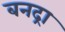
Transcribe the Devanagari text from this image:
बनद्रा